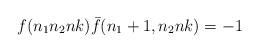
LaTeX: \begin{align*}f(n_1n_2nk){\bar f}(n_1+1,n_2nk)=-1\end{align*}